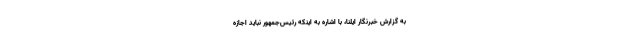
به گزارش خبرنگار ایلنا، با اشاره به اینکه رئیس‌جمهور نباید اجازه